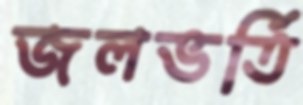
জলভর্তি